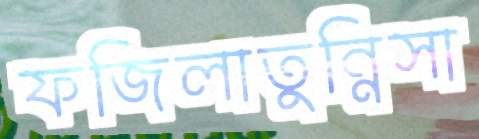
ফজিলাতুন্নিসা